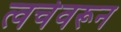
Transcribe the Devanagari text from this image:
त्वचेवरून